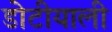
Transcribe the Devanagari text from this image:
डोटीयाली